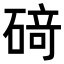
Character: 𥔎